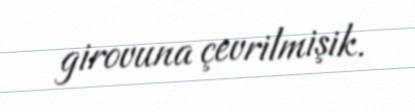
girovuna çevrilmişik.